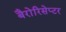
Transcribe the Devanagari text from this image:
बैरोरिसेप्टर